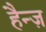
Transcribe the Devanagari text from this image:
हैन्ज़